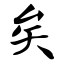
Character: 矣